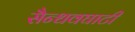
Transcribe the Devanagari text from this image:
सैन्धवघाटी